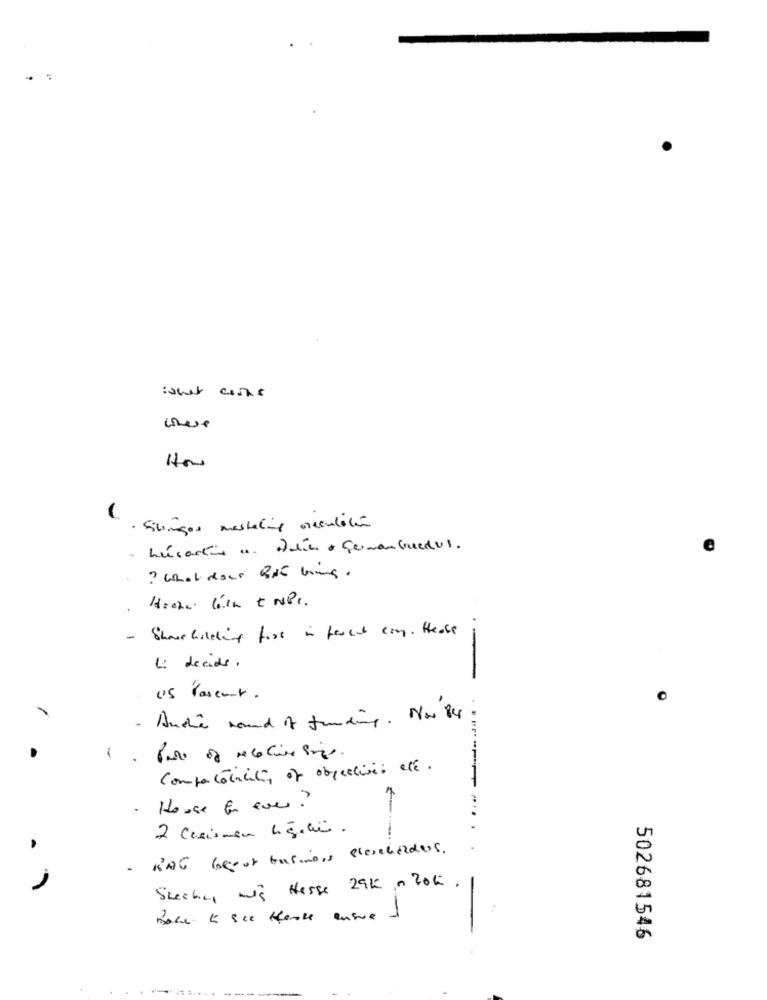
Stingos mastering neculación
? What does Que bring .
Share holding fast in fecul cay. Hease
-
1. decides.
.-
O
/
-
Anche round of funding. Nov 84
-
Comportaticiti, of objectives etc.
House for ever?
2 Casismen lig.a .
KAG besor business planholders.
Stecken mig Hesse 294 n 205 .
Boca. 5 Sce Klasse ensure d
502681546